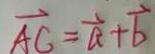
\overrightarrow { A C } = \overrightarrow { a } + \overrightarrow { b }